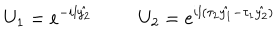
LaTeX: U _ { 1 } = e ^ { - i l \hat { y _ { 2 } } } ~ U _ { 2 } = e ^ { i l ( \tau _ { 2 } \hat { y _ { 1 } } - \tau _ { 1 } \hat { y _ { 2 } } ) }